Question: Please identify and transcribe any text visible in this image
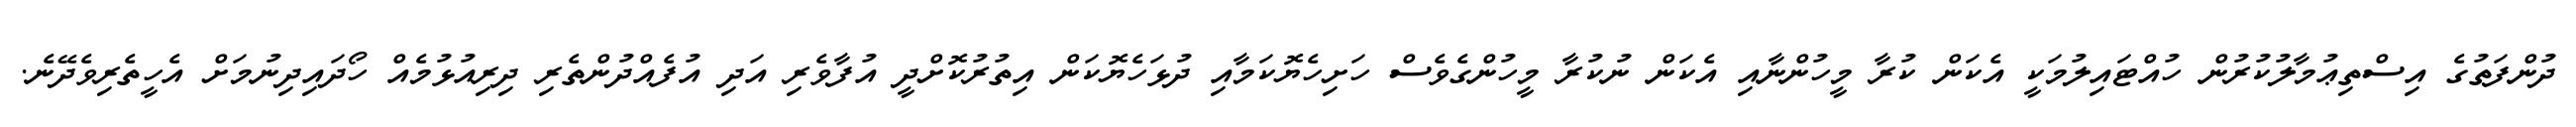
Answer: ދުންފަތުގެ އިސްތިޢުމާލުކުރުން ހުއްޓައިލުމަކީ އެކަން ކުރާ މީހުންނާއި އެކަން ނުކުރާ މީހުންގެވެސް ހަށިހެޔޮކަމާއި ދުޅަހެޔޮކަން އިތުރުކޮށްދީ އުފާވެރި އަދި އުފެއްދުންތެރި ދިރިއުޅުމެއް ހޯދައިދިނުމަށް އެހީތެރިވެދޭނެ.